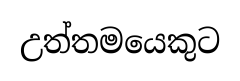
උත්තමයෙකුට